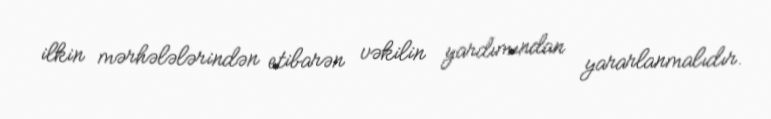
ilkin mərhələlərindən etibarən vəkilin yardımından yararlanmalıdır.